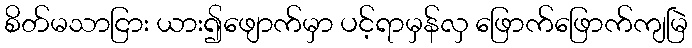
စိတ်မသာငြား ယား၍ဖျောက်မှာ ပင့်ရာမှန်လှ ဖြောက်ဖြောက်ကျမြဲ